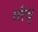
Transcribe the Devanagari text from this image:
व्लैचू